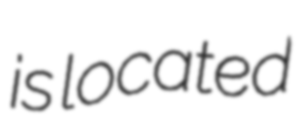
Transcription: is located